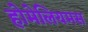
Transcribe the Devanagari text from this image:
होमेलियमस